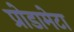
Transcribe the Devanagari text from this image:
प्रोडामेटा